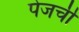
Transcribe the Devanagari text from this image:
पेजची